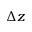
\Delta z